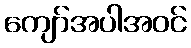
ကျော်အပါအဝင်